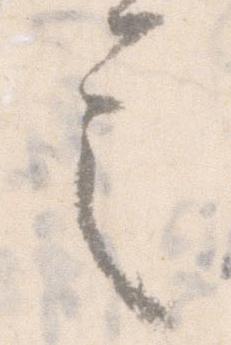
言